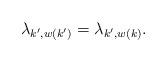
LaTeX: \begin{align*}\lambda_{k^\prime,w(k^\prime)}=\lambda_{k^\prime,w(k)}.\end{align*}